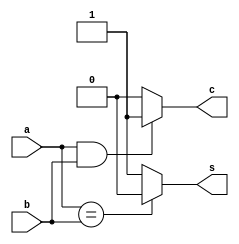
`timescale 1ns / 1ps

module half_adder( a,b,s,c);

input a,b;
output s,c;

reg s,c; 

always @( a or b)
begin 
    if (a==b) s = 0;
    else s = 1;
    
    if ( a == 1 && b == 1) c = 1 ;
    else c = 0;

end

endmodule